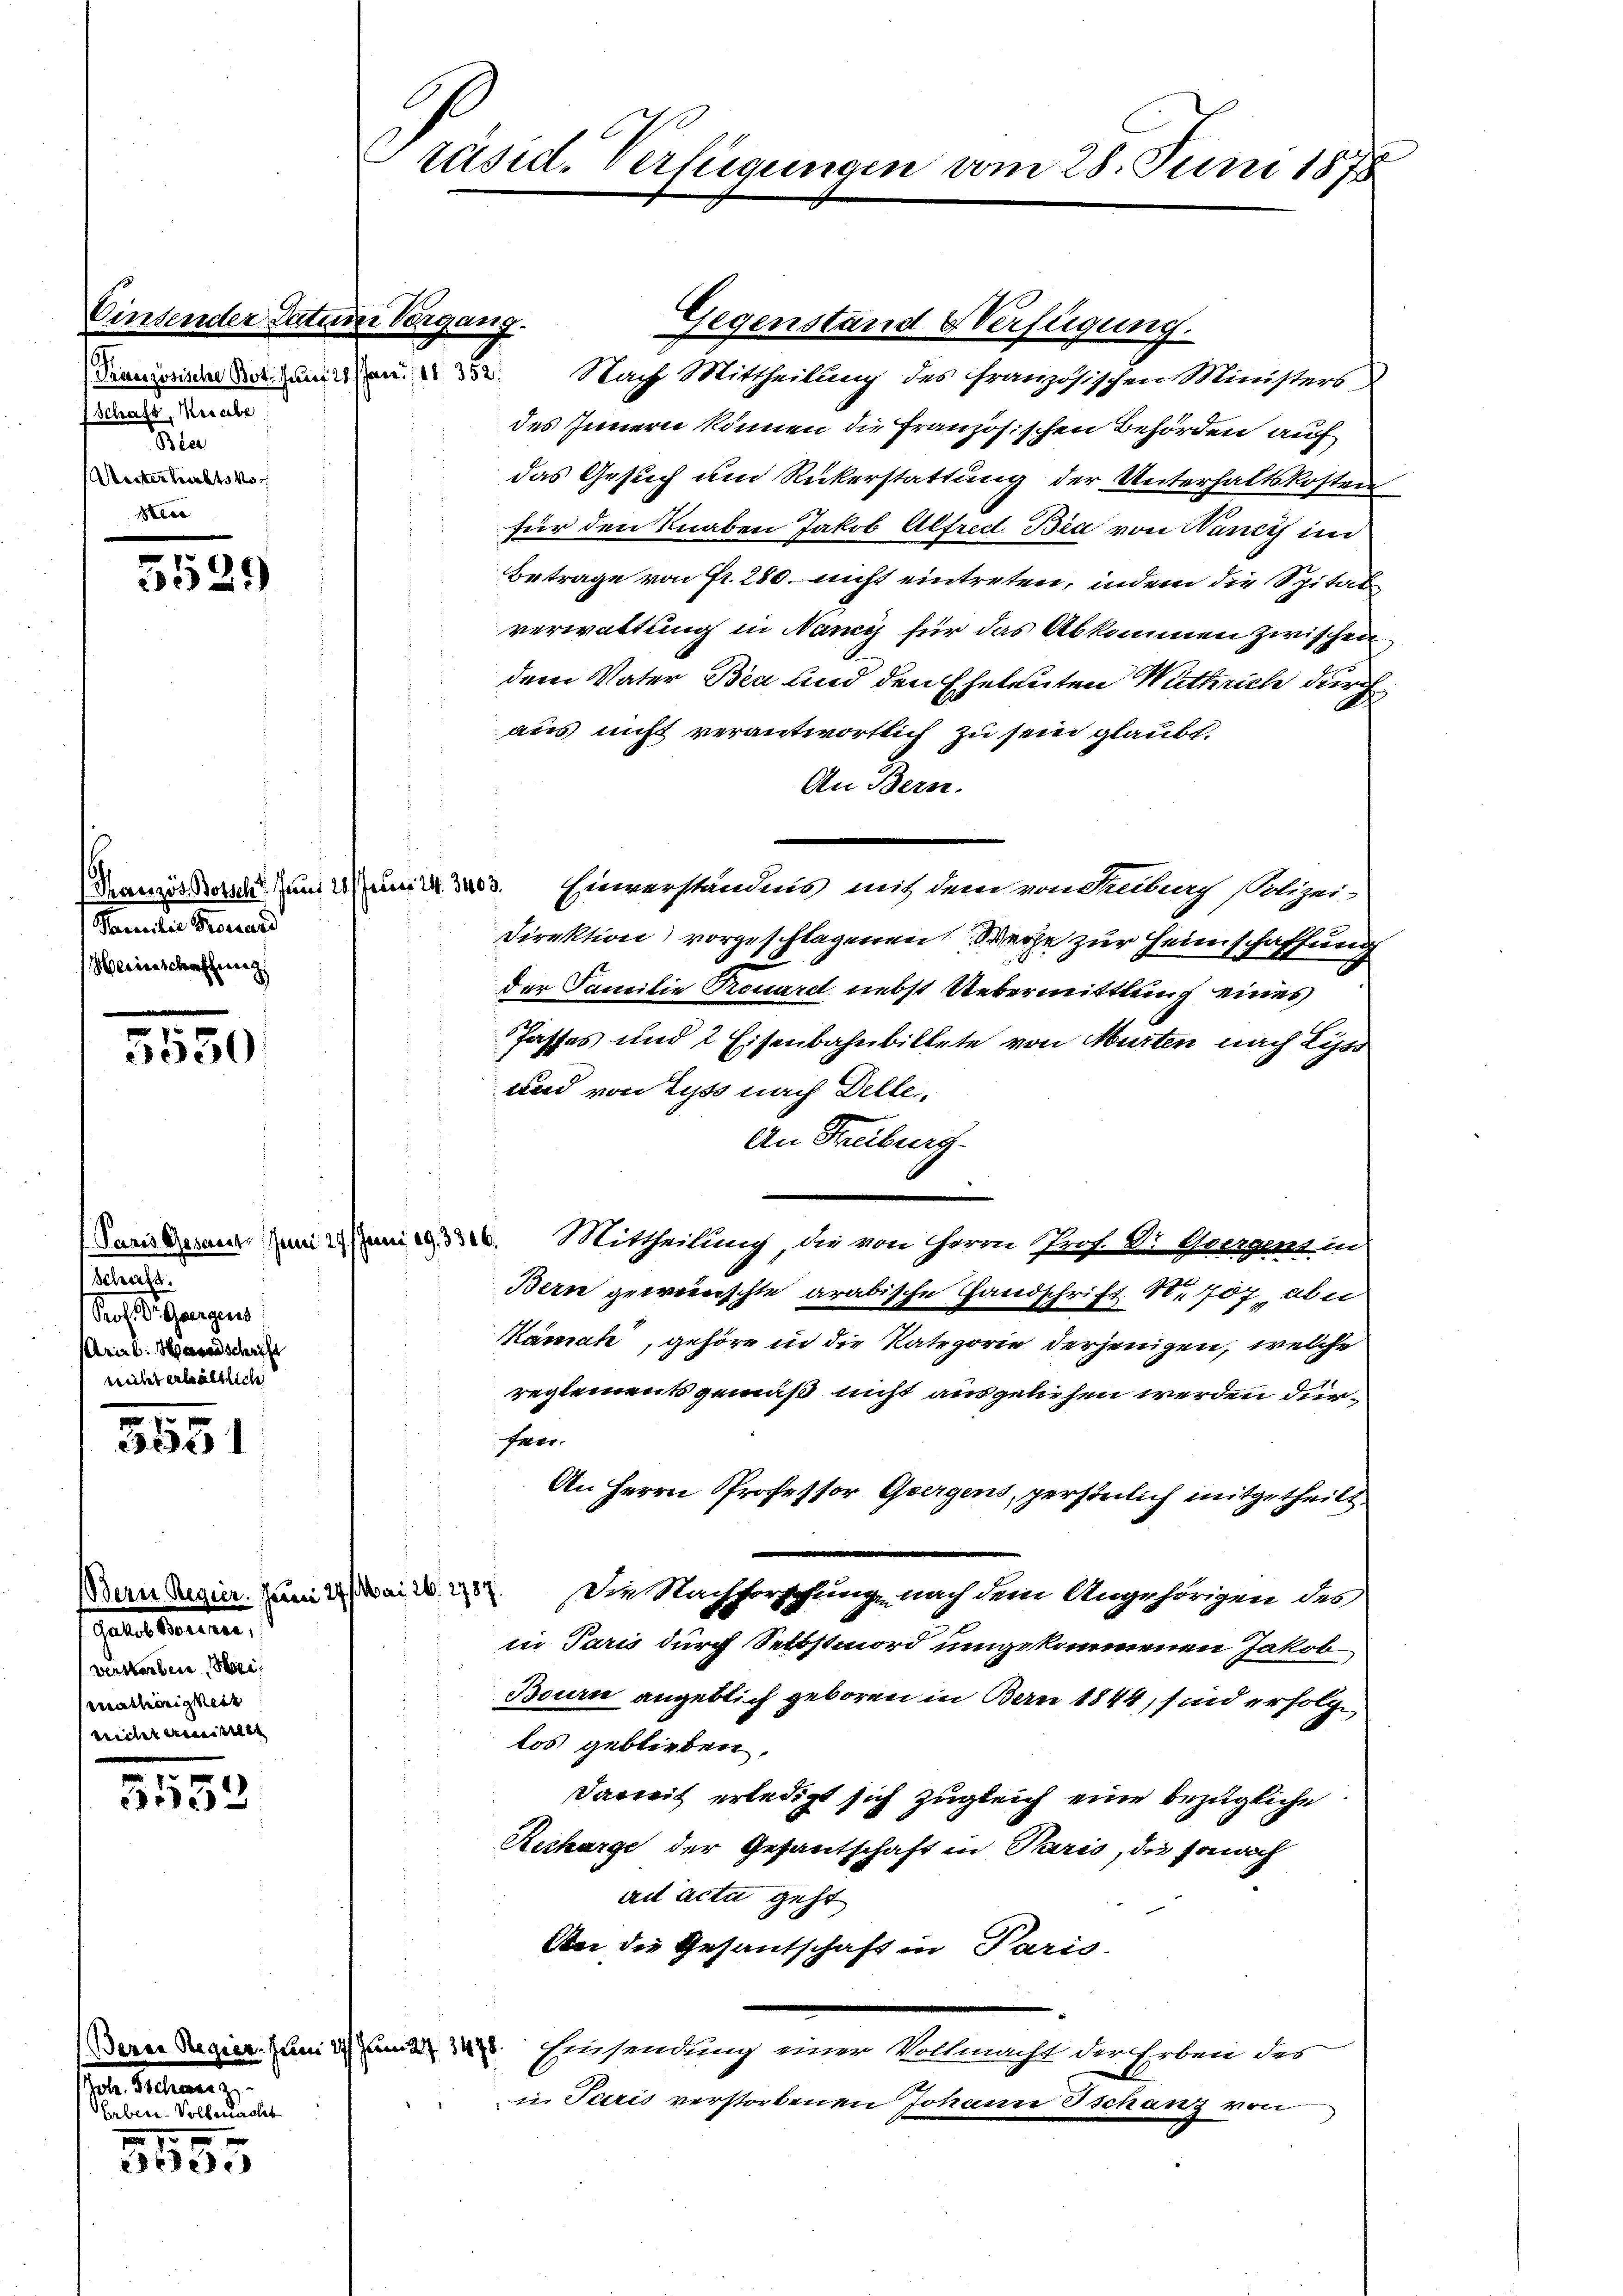
Cinsender Datum Vergang.
Französische Bot. Juni 28. Janr. 111 352.
f Schaft, abe
Ba
Unterhaltsko

.
325)

Familie Pressard
Herienschaffung

5550

Schaft.
Prof. St. Gegens
Arieb: Handschrift
weitet erhältliche

5551

Galer teilten,
verstorben, Weimathörigkeit
treitet erbeitet |

3553

sae einen
dienen einer eine

5
rede

Präsid. Verfügungen vom 28. Juni 1878

Gegenstand Verfügung.
Nach Mittheilung des französischen Ministers
des Innern können die Französischen Behörden auf
das Gesuch um Rückerstattung der Unterhaltskosten
für den Knaben Jakob Alfred Bia von Wancis in
Betrage von Fr. 280. nicht eintreten, indem die Spitalverwaltung in Nancy für das Abkommen zwischen
dem Vater Bea und den Eheleuten Wuthrich durch
aus nicht verantwortlich zu sein glaubt.
An Bern.
Französisch um 2 um 1. 3403. Einverständnis mit dem von Sebach Polizei-
Direktion) vorgeschlagenen Wege zur Heimschaffung
der Familie Trouard nebst Uebermittlung eines
Jasses und 2 Eisenbahnbillete von Murten nach Lyss
und von Lyss nach Delle,
An Streiburg.
Paris Gesung zum 23. Mittheilung, die von Herrn Prof. Dr. Gegen in
Bern geweinschte arabische Handschrift Nr. 707, aber
Kämak, gehöre in die Kategorie derjenigen, welche
reglements gemäß nicht ausgeliehen werden dür¬
Erer
An Herrn Professor Ghergens, persönlich mitgetheilt.
Bern Regier. Zum 22. Mai d. 287. Die Nachforschung nach dem Angehörigen des
in Paris durch Selbstmord umgekommenen Jakob
Bourn angeblich geboren in Bern 1844, sind erfolge
los geblieben.
Darweit erledigt sich zugleich eine bezügliche
Recharge der Gesantschaft in Paris, des sonach
ait acta geht
An die Gesantschaft in Paris.
Der Regierungen Einsendung einer Vollmacht der Erben des
i. Paris verstorbenen Johann schanz von